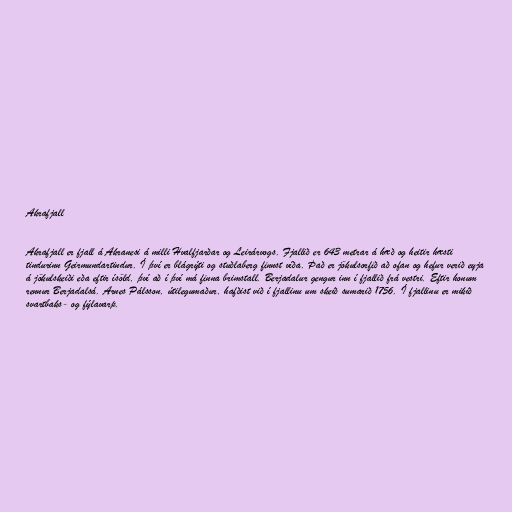
Akrafjall

Akrafjall er fjall á Akranesi á milli Hvalfjarðar og Leirárvogs. Fjallið er 643 metrar á hæð og heitir hæsti
tindurinn Geirmundartindur. Í því er blágrýti og stuðlaberg finnst víða. Það er jökulsorfið að ofan og hefur verið eyja
á jökulskeiði eða eftir ísöld, því að í því má finna brimstall. Berjadalur gengur inn í fjallið frá vestri. Eftir honum
rennur Berjadalsá. Arnes Pálsson, útilegumaður, hafðist við í fjallinu um skeið sumarið 1756. Í fjallinu er mikið
svartbaks- og fýlavarp.